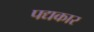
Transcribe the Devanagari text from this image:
पद्यकार